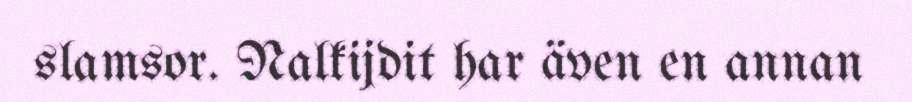
slamsor. Nalkijdit har även en annan